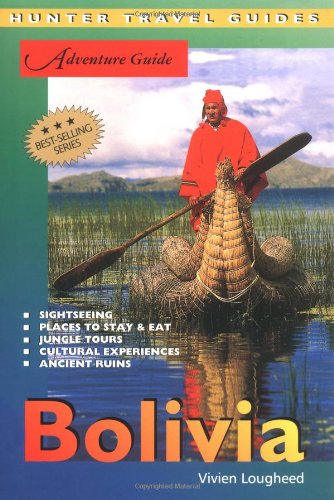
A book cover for Bolivia Adventure Guide (Adventure Guides Series) (Adventure Guide to Bolivia); Vivien Lougheed; Travel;